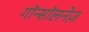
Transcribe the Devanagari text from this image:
गॉन्सॉलनेज़